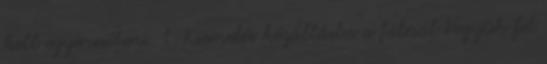
kell egyenesíteni. 1. Kiemelés kézállásba a falnál Vegyük fel